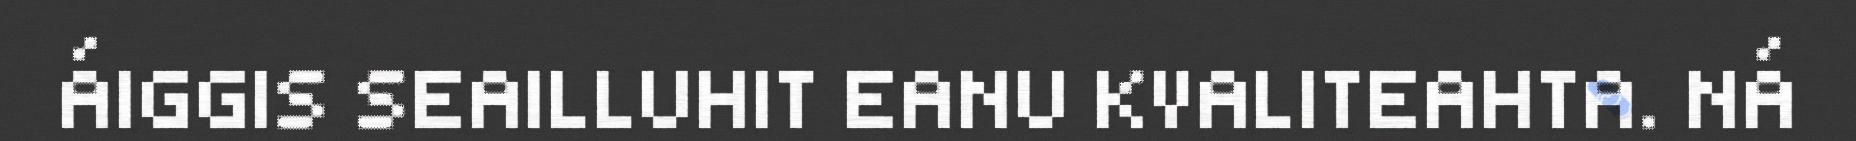
ÁIGGIS SEAILLUHIT EANU KVALITEAHTA. NÁ